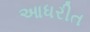
આધરીત